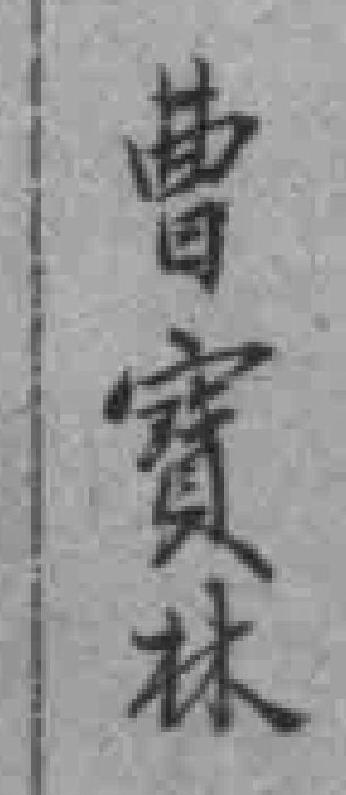
曹寳林